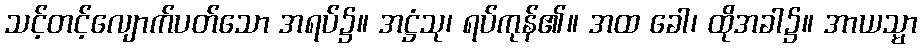
သင့်တင့်လျောက်ပတ်သော အရပ်၌။ အဋ္ဌံသု၊ ရပ်ကုန်၏။ အထ ခေါ၊ ထိုအခါ၌။ အာယသ္မာ